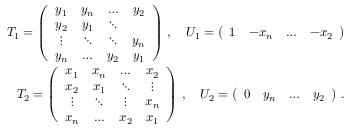
\begin{array} { r } { T _ { 1 } = \left( \begin{array} { c c c c } { y _ { 1 } } & { y _ { n } } & { \ldots } & { y _ { 2 } } \\ { y _ { 2 } } & { y _ { 1 } } & { \ddots } & { } \\ { \vdots } & { \ddots } & { \ddots } & { y _ { n } } \\ { y _ { n } } & { \ldots } & { y _ { 2 } } & { y _ { 1 } } \end{array} \right) \, , \quad U _ { 1 } = \left( \begin{array} { c c c c } { 1 } & { - x _ { n } } & { \ldots } & { - x _ { 2 } } \end{array} \right) } \\ { T _ { 2 } = \left( \begin{array} { c c c c } { x _ { 1 } } & { x _ { n } } & { \ldots } & { x _ { 2 } } \\ { x _ { 2 } } & { x _ { 1 } } & { \ddots } & { \vdots } \\ { \vdots } & { \ddots } & { \vdots } & { x _ { n } } \\ { x _ { n } } & { \ldots } & { x _ { 2 } } & { x _ { 1 } } \end{array} \right) \, , \quad U _ { 2 } = \left( \begin{array} { c c c c } { 0 } & { y _ { n } } & { \ldots } & { y _ { 2 } } \end{array} \right) \, . } \end{array}